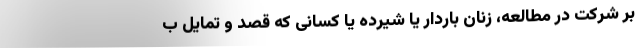
بر شرکت در مطالعه، زنان باردار یا شیرده یا کسانی که قصد و تمایل ب